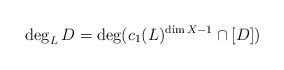
LaTeX: \begin{align*}\deg_LD = \deg(c_1(L)^{\dim X - 1}\cap [D])\end{align*}